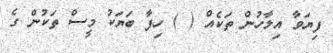
ފިޔަވާ އިލާހުން ތަކެއް ( ) ހިފާ ބަޔަކު މީސް ތަކުން ގެ